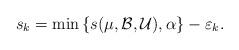
LaTeX: \begin{align*}s_k=\min\left\{ s(\mu,\mathcal{B},\mathcal{U}),\alpha\right\}-\varepsilon_{k}.\end{align*}